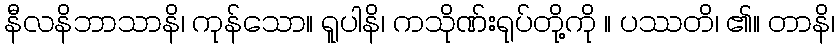
နီလနိဘာသာနိ၊ ကုန်သော။ ရူပါနိ၊ ကသိုဏ်းရုပ်တို့ကို ။ ပဿတိ၊ ၏။ တာနိ၊